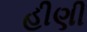
હીણી